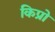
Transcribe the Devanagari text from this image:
किप्रो